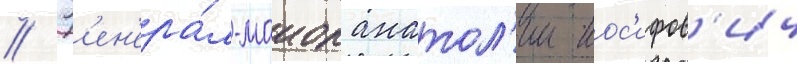
// Г'ен'ера́л-маиор анатол'ии иос'ифов'ич